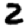
Digit: 2